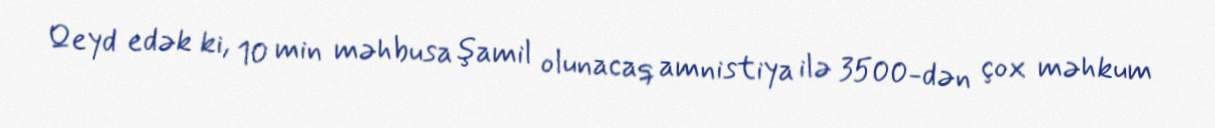
Qeyd edək ki, 10 min məhbusa şamil olunacaq amnistiya ilə 3500-dən çox məhkum